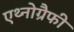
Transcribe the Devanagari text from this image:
एथ्नोग्रैफी